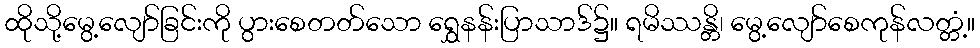
ထိုသို့မွေ့လျော်ခြင်းကို ပွားစေတတ်သော ရွှေနန်းပြာသာဒ်၌။ ရမိဿန္တိ၊ မွေ့လျော်စေကုန်လတ္တံ့။